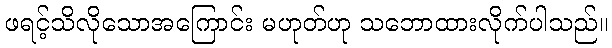
ဖရင့်သိလိုသောအကြောင်း မဟုတ်ဟု သဘောထားလိုက်ပါသည်။